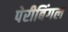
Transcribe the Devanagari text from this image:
पेरीबिंगल